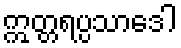
ဣတ္တရပ္ပသာဒေါ